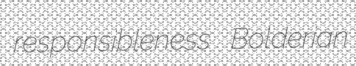
responsibleness Bolderian